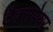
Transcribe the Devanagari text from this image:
टैक्सपेयर